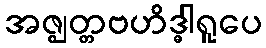
အဇ္ဈတ္တဗဟိဒ္ဓါရူပေ